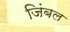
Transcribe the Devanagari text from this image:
जिंबल